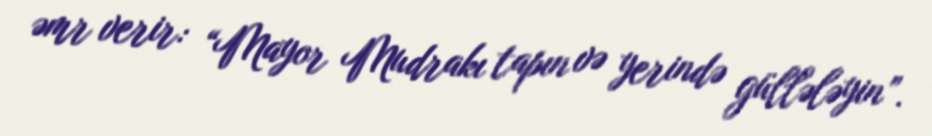
əmr verir: “Mayor Mudrakı tapın və yerində güllələyin”.